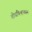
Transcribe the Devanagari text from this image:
बोधचिन्हावरून